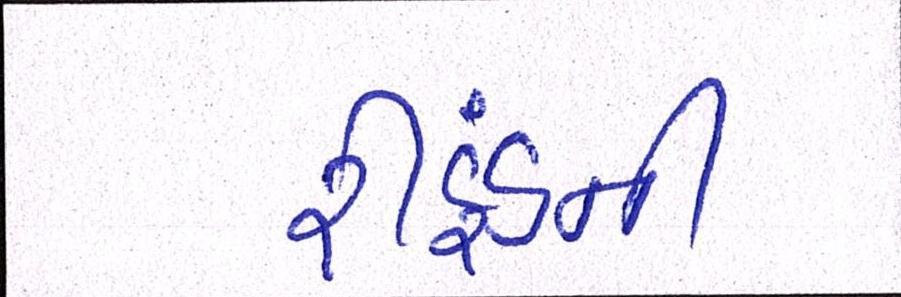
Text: રીફંડની